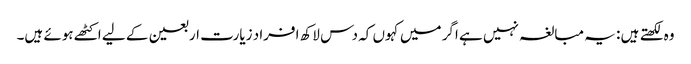
وہ لکھتے ہیں : یہ مبالغہ نہیں ہے اگر میں کہوں کہ دس لاکھ افراد زیارت اربعین کے لیے اکٹھے ہوئے ہیں۔